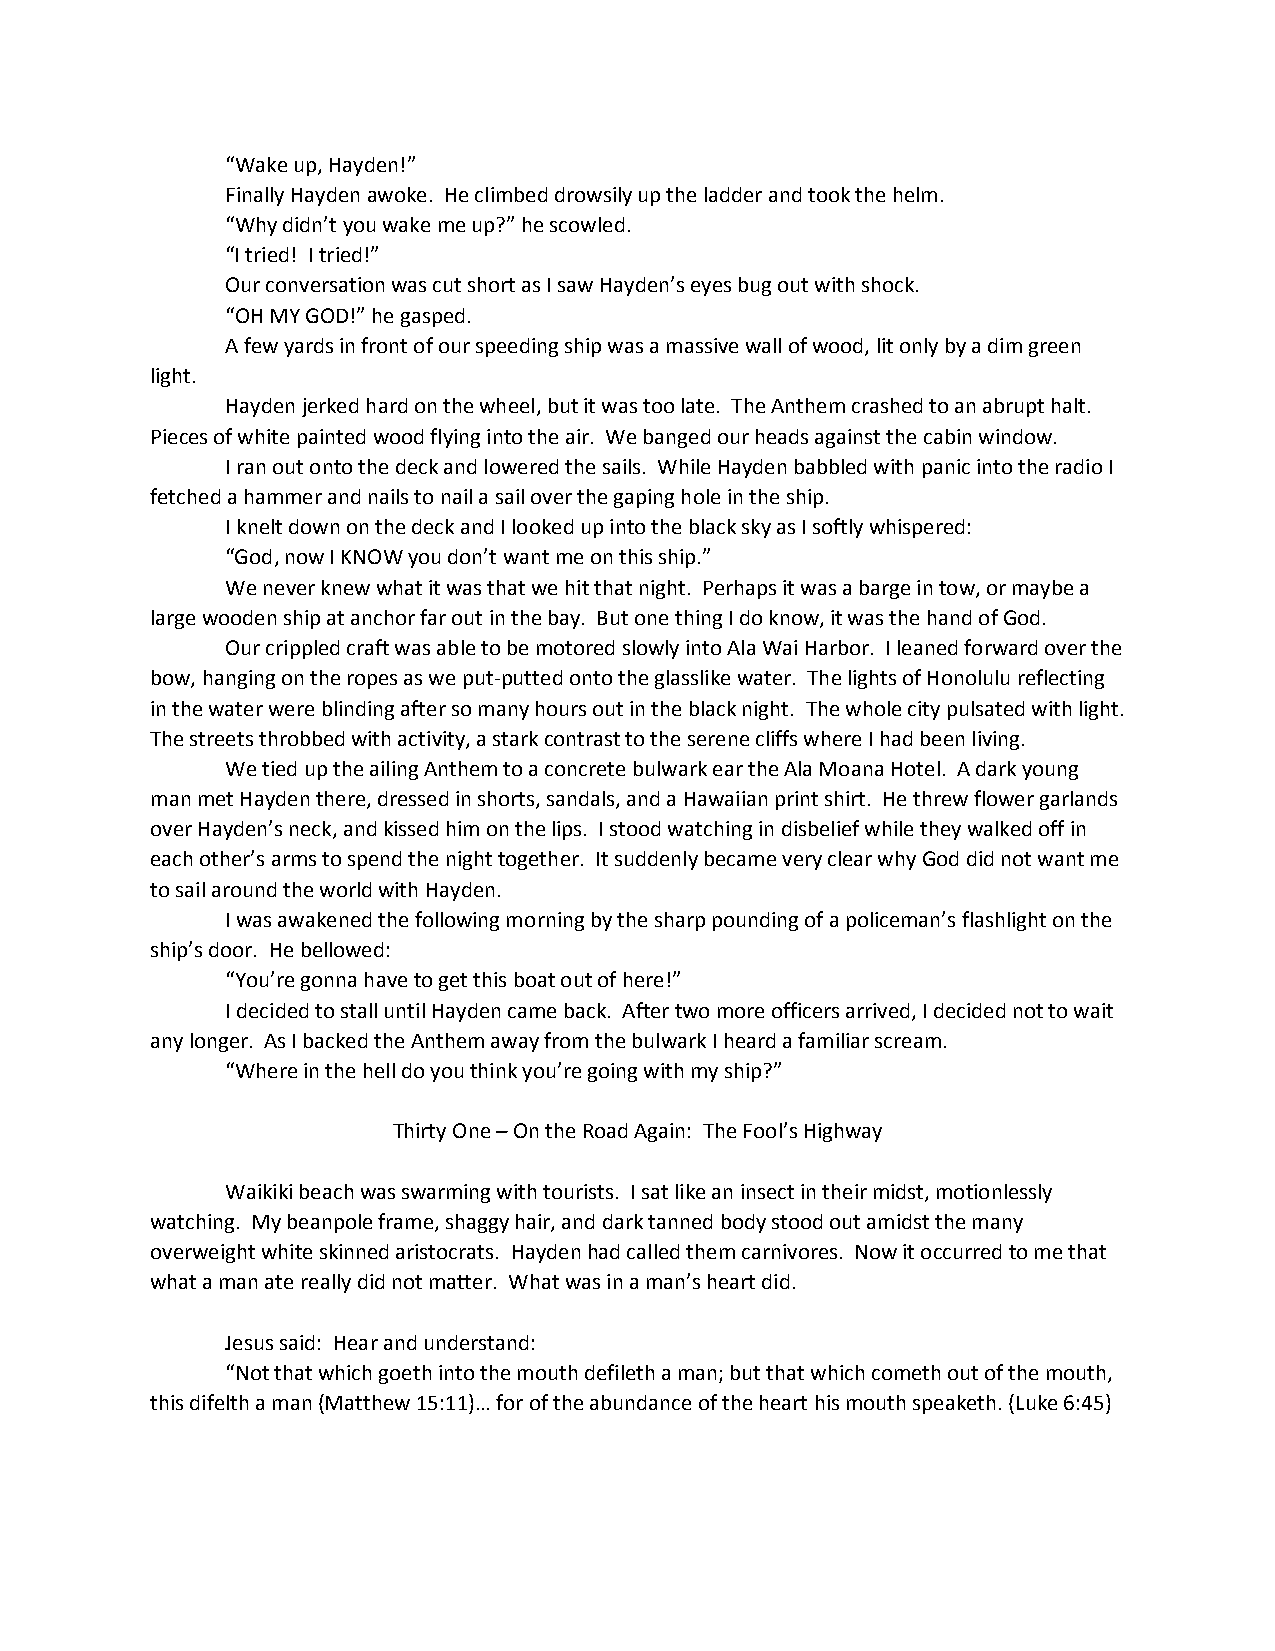
“Wake up, Hayden!”
 Finally Hayden awoke. He climbed drowsily up the ladder and took the helm.
 “Why didn’t you wake me up?” he scowled.
 “I tried! I tried!”
 Our conversation was cut short as I saw Hayden’s eyes bug out with shock.
 “OH MY GOD!” he gasped.
 A few yards in front of our speeding ship was a massive wall of wood, lit only by a dim green
 light.
 Hayden jerked hard on the wheel, but it was too late. The Anthem crashed to an abrupt halt.
 Pieces of white painted wood flying into the air. We banged our heads against the cabin window.
 I ran out onto the deck and lowered the sails. While Hayden babbled with panic into the radio I
 fetched a hammer and nails to nail a sail over the gaping hole in the ship.
 I knelt down on the deck and I looked up into the black sky as I softly whispered:
 “God, now I KNOW you don’t want me on this ship.”
 We never knew what it was that we hit that night. Perhaps it was a barge in tow, or maybe a
 large wooden ship at anchor far out in the bay. But one thing I do know, it was the hand of God.
 Our crippled craft was able to be motored slowly into Ala Wai Harbor. I leaned forward over the
 bow, hanging on the ropes as we put-putted onto the glasslike water. The lights of Honolulu reflecting
 in the water were blinding after so many hours out in the black night. The whole city pulsated with light.
 The streets throbbed with activity, a stark contrast to the serene cliffs where I had been living.
 We tied up the ailing Anthem to a concrete bulwark ear the Ala Moana Hotel. A dark young
 man met Hayden there, dressed in shorts, sandals, and a Hawaiian print shirt. He threw flower garlands
 over Hayden’s neck, and kissed him on the lips. I stood watching in disbelief while they walked off in
 each other’s arms to spend the night together. It suddenly became very clear why God did not want me
 to sail around the world with Hayden.
 I was awakened the following morning by the sharp pounding of a policeman’s flashlight on the
 ship’s door. He bellowed:
 “You’re gonna have to get this boat out of here!”
 I decided to stall until Hayden came back. After two more officers arrived, I decided not to wait
 any longer. As I backed the Anthem away from the bulwark I heard a familiar scream.
 “Where in the hell do you think you’re going with my ship?”
 Thirty One – On the Road Again: The Fool’s Highway
 Waikiki beach was swarming with tourists. I sat like an insect in their midst, motionlessly
 watching. My beanpole frame, shaggy hair, and dark tanned body stood out amidst the many
 overweight white skinned aristocrats. Hayden had called them carnivores. Now it occurred to me that
 what a man ate really did not matter. What was in a man’s heart did.
 Jesus said: Hear and understand:
 “Not that which goeth into the mouth defileth a man; but that which cometh out of the mouth,
 this difelth a man (Matthew 15:11)… for of the abundance of the heart his mouth speaketh. (Luke 6:45)